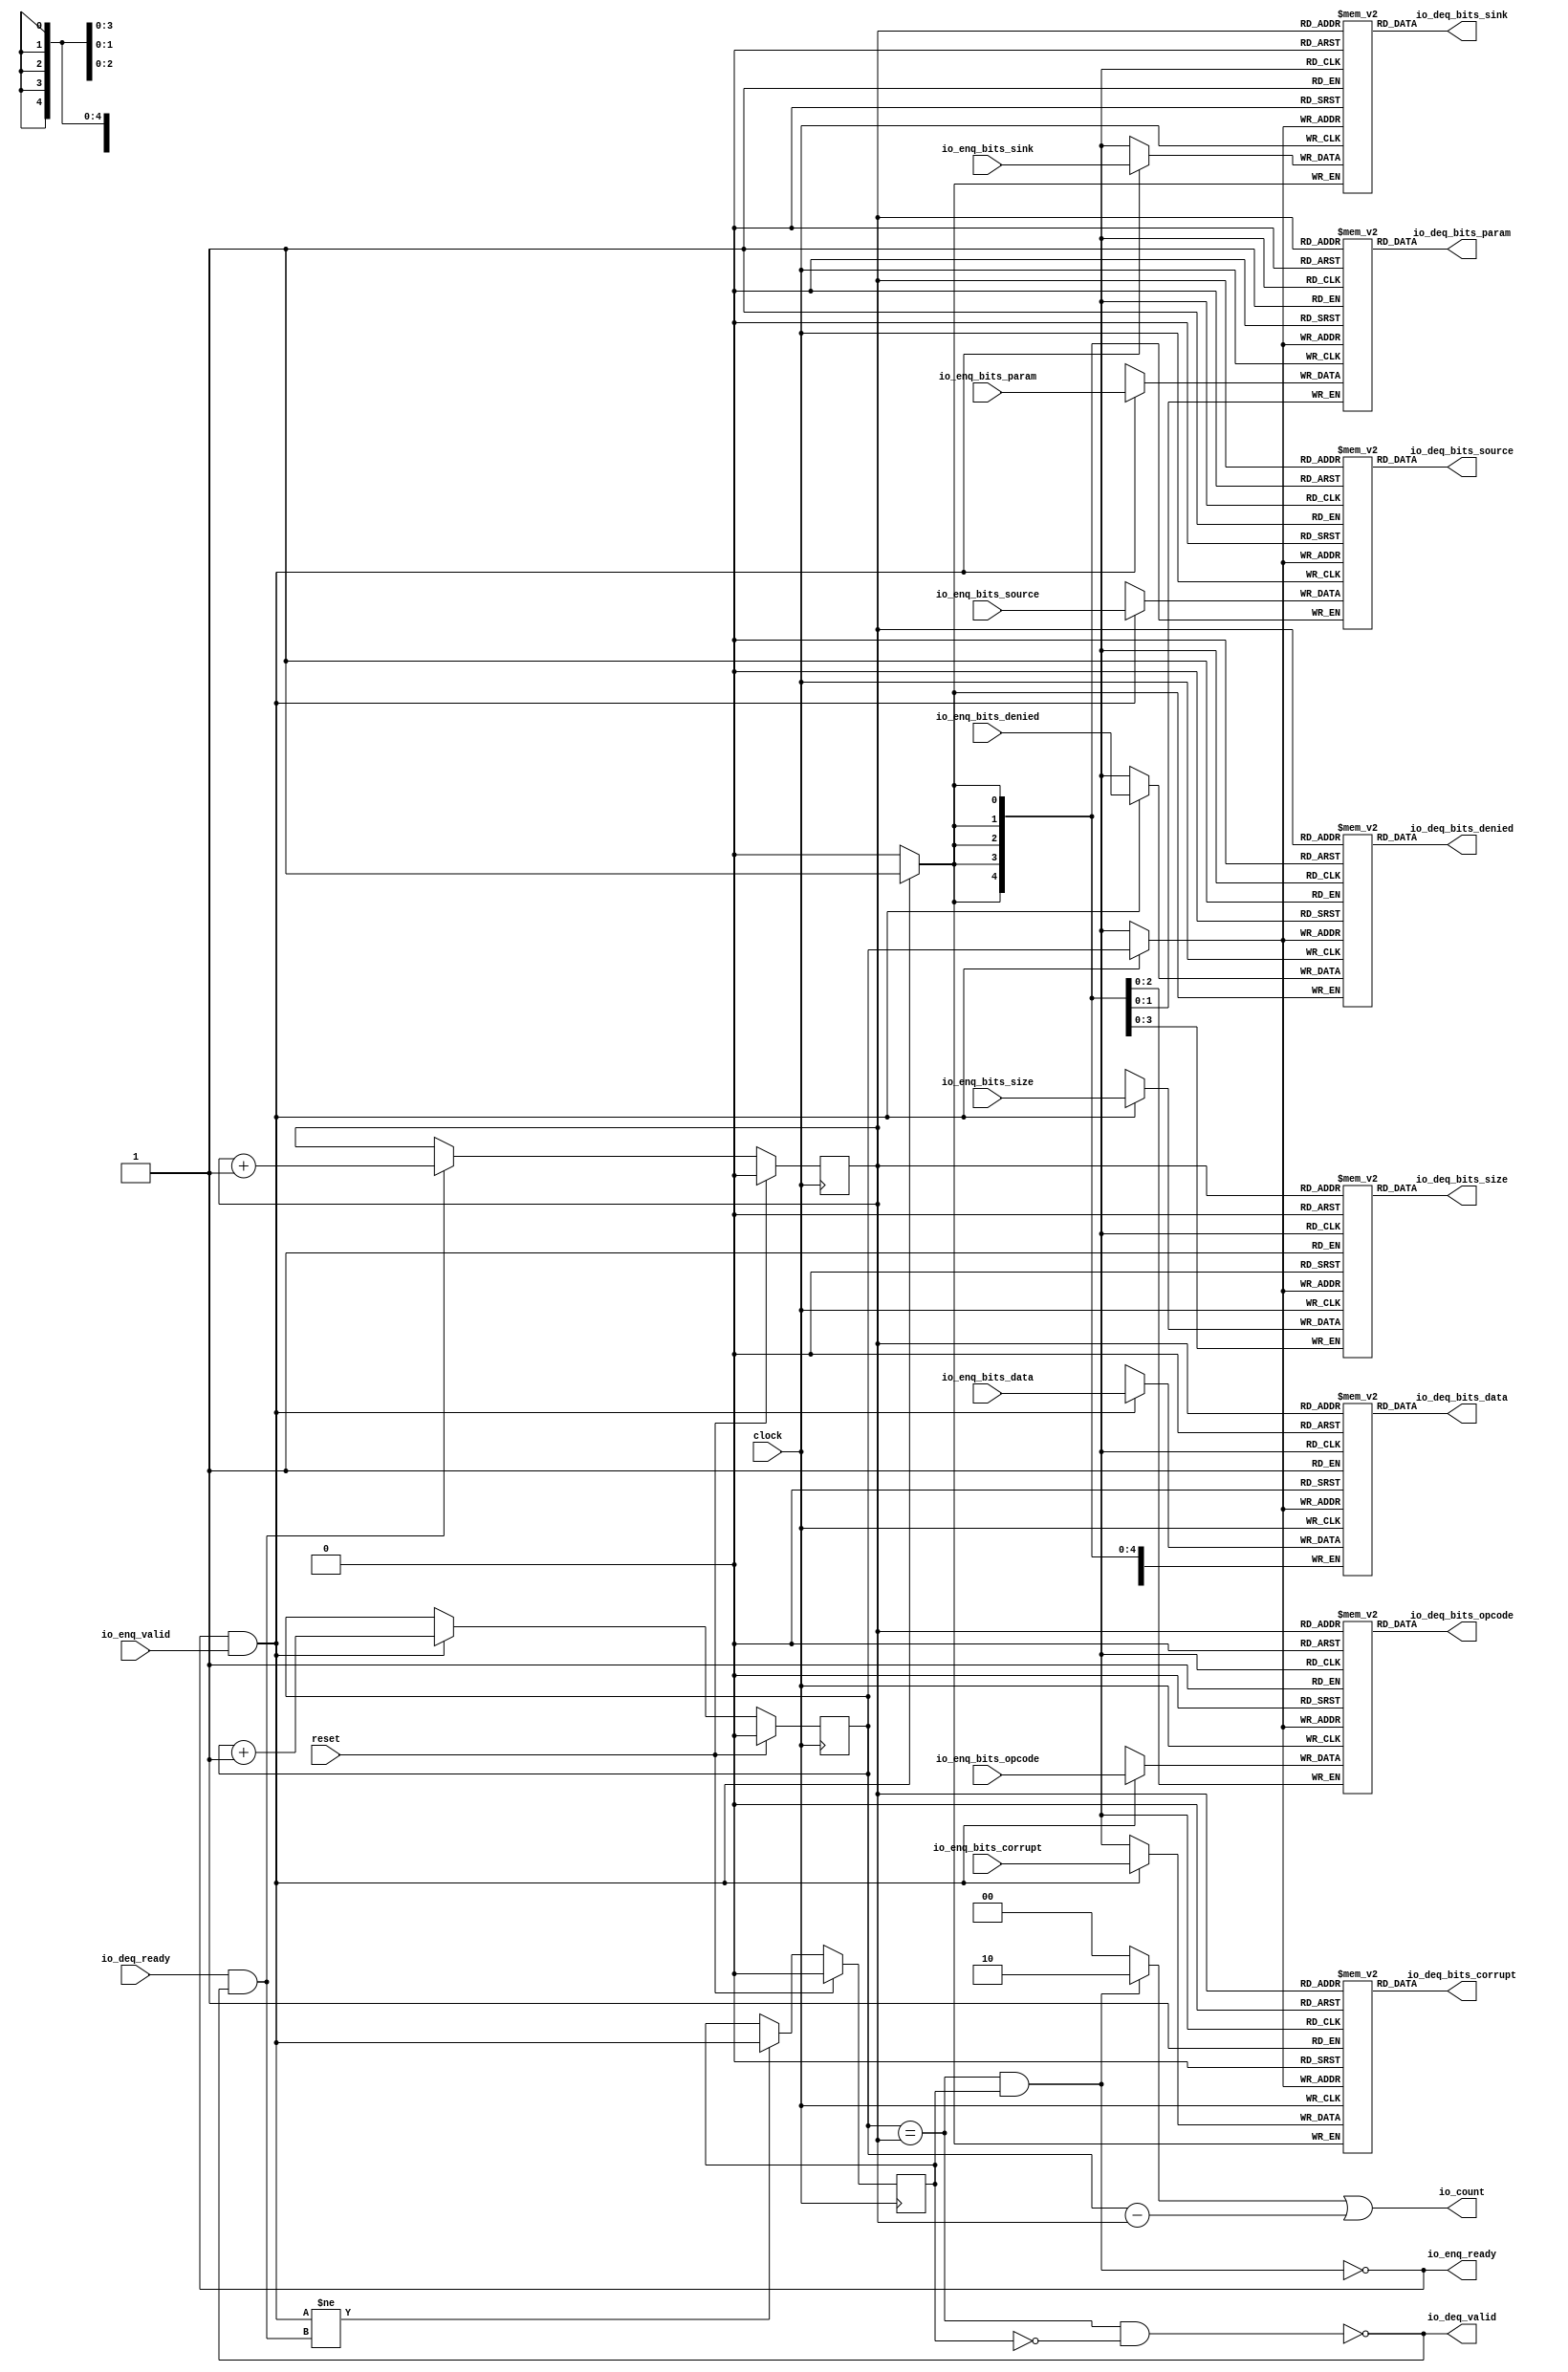
module Queue_11(
  input         clock,
  input         reset,
  output        io_enq_ready,
  input         io_enq_valid,
  input  [2:0]  io_enq_bits_opcode,
  input  [1:0]  io_enq_bits_param,
  input  [3:0]  io_enq_bits_size,
  input  [4:0]  io_enq_bits_source,
  input         io_enq_bits_sink,
  input         io_enq_bits_denied,
  input  [63:0] io_enq_bits_data,
  input         io_enq_bits_corrupt,
  input         io_deq_ready,
  output        io_deq_valid,
  output [2:0]  io_deq_bits_opcode,
  output [1:0]  io_deq_bits_param,
  output [3:0]  io_deq_bits_size,
  output [4:0]  io_deq_bits_source,
  output        io_deq_bits_sink,
  output        io_deq_bits_denied,
  output [63:0] io_deq_bits_data,
  output        io_deq_bits_corrupt,
  output [1:0]  io_count
);
`ifdef RANDOMIZE_MEM_INIT
  reg [31:0] _RAND_0;
  reg [31:0] _RAND_1;
  reg [31:0] _RAND_2;
  reg [31:0] _RAND_3;
  reg [31:0] _RAND_4;
  reg [31:0] _RAND_5;
  reg [63:0] _RAND_6;
  reg [31:0] _RAND_7;
`endif // RANDOMIZE_MEM_INIT
`ifdef RANDOMIZE_REG_INIT
  reg [31:0] _RAND_8;
  reg [31:0] _RAND_9;
  reg [31:0] _RAND_10;
`endif // RANDOMIZE_REG_INIT
  reg [2:0] ram_opcode [0:1]; // @[Decoupled.scala 218:16]
  wire [2:0] ram_opcode_io_deq_bits_MPORT_data; // @[Decoupled.scala 218:16]
  wire  ram_opcode_io_deq_bits_MPORT_addr; // @[Decoupled.scala 218:16]
  wire [2:0] ram_opcode_MPORT_data; // @[Decoupled.scala 218:16]
  wire  ram_opcode_MPORT_addr; // @[Decoupled.scala 218:16]
  wire  ram_opcode_MPORT_mask; // @[Decoupled.scala 218:16]
  wire  ram_opcode_MPORT_en; // @[Decoupled.scala 218:16]
  reg [1:0] ram_param [0:1]; // @[Decoupled.scala 218:16]
  wire [1:0] ram_param_io_deq_bits_MPORT_data; // @[Decoupled.scala 218:16]
  wire  ram_param_io_deq_bits_MPORT_addr; // @[Decoupled.scala 218:16]
  wire [1:0] ram_param_MPORT_data; // @[Decoupled.scala 218:16]
  wire  ram_param_MPORT_addr; // @[Decoupled.scala 218:16]
  wire  ram_param_MPORT_mask; // @[Decoupled.scala 218:16]
  wire  ram_param_MPORT_en; // @[Decoupled.scala 218:16]
  reg [3:0] ram_size [0:1]; // @[Decoupled.scala 218:16]
  wire [3:0] ram_size_io_deq_bits_MPORT_data; // @[Decoupled.scala 218:16]
  wire  ram_size_io_deq_bits_MPORT_addr; // @[Decoupled.scala 218:16]
  wire [3:0] ram_size_MPORT_data; // @[Decoupled.scala 218:16]
  wire  ram_size_MPORT_addr; // @[Decoupled.scala 218:16]
  wire  ram_size_MPORT_mask; // @[Decoupled.scala 218:16]
  wire  ram_size_MPORT_en; // @[Decoupled.scala 218:16]
  reg [4:0] ram_source [0:1]; // @[Decoupled.scala 218:16]
  wire [4:0] ram_source_io_deq_bits_MPORT_data; // @[Decoupled.scala 218:16]
  wire  ram_source_io_deq_bits_MPORT_addr; // @[Decoupled.scala 218:16]
  wire [4:0] ram_source_MPORT_data; // @[Decoupled.scala 218:16]
  wire  ram_source_MPORT_addr; // @[Decoupled.scala 218:16]
  wire  ram_source_MPORT_mask; // @[Decoupled.scala 218:16]
  wire  ram_source_MPORT_en; // @[Decoupled.scala 218:16]
  reg  ram_sink [0:1]; // @[Decoupled.scala 218:16]
  wire  ram_sink_io_deq_bits_MPORT_data; // @[Decoupled.scala 218:16]
  wire  ram_sink_io_deq_bits_MPORT_addr; // @[Decoupled.scala 218:16]
  wire  ram_sink_MPORT_data; // @[Decoupled.scala 218:16]
  wire  ram_sink_MPORT_addr; // @[Decoupled.scala 218:16]
  wire  ram_sink_MPORT_mask; // @[Decoupled.scala 218:16]
  wire  ram_sink_MPORT_en; // @[Decoupled.scala 218:16]
  reg  ram_denied [0:1]; // @[Decoupled.scala 218:16]
  wire  ram_denied_io_deq_bits_MPORT_data; // @[Decoupled.scala 218:16]
  wire  ram_denied_io_deq_bits_MPORT_addr; // @[Decoupled.scala 218:16]
  wire  ram_denied_MPORT_data; // @[Decoupled.scala 218:16]
  wire  ram_denied_MPORT_addr; // @[Decoupled.scala 218:16]
  wire  ram_denied_MPORT_mask; // @[Decoupled.scala 218:16]
  wire  ram_denied_MPORT_en; // @[Decoupled.scala 218:16]
  reg [63:0] ram_data [0:1]; // @[Decoupled.scala 218:16]
  wire [63:0] ram_data_io_deq_bits_MPORT_data; // @[Decoupled.scala 218:16]
  wire  ram_data_io_deq_bits_MPORT_addr; // @[Decoupled.scala 218:16]
  wire [63:0] ram_data_MPORT_data; // @[Decoupled.scala 218:16]
  wire  ram_data_MPORT_addr; // @[Decoupled.scala 218:16]
  wire  ram_data_MPORT_mask; // @[Decoupled.scala 218:16]
  wire  ram_data_MPORT_en; // @[Decoupled.scala 218:16]
  reg  ram_corrupt [0:1]; // @[Decoupled.scala 218:16]
  wire  ram_corrupt_io_deq_bits_MPORT_data; // @[Decoupled.scala 218:16]
  wire  ram_corrupt_io_deq_bits_MPORT_addr; // @[Decoupled.scala 218:16]
  wire  ram_corrupt_MPORT_data; // @[Decoupled.scala 218:16]
  wire  ram_corrupt_MPORT_addr; // @[Decoupled.scala 218:16]
  wire  ram_corrupt_MPORT_mask; // @[Decoupled.scala 218:16]
  wire  ram_corrupt_MPORT_en; // @[Decoupled.scala 218:16]
  reg  value; // @[Counter.scala 60:40]
  reg  value_1; // @[Counter.scala 60:40]
  reg  maybe_full; // @[Decoupled.scala 221:27]
  wire  ptr_match = value == value_1; // @[Decoupled.scala 223:33]
  wire  empty = ptr_match & ~maybe_full; // @[Decoupled.scala 224:25]
  wire  full = ptr_match & maybe_full; // @[Decoupled.scala 225:24]
  wire  do_enq = io_enq_ready & io_enq_valid; // @[Decoupled.scala 40:37]
  wire  do_deq = io_deq_ready & io_deq_valid; // @[Decoupled.scala 40:37]
  wire  ptr_diff = value - value_1; // @[Decoupled.scala 257:32]
  wire [1:0] _io_count_T_1 = maybe_full & ptr_match ? 2'h2 : 2'h0; // @[Decoupled.scala 259:20]
  wire [1:0] _GEN_15 = {{1'd0}, ptr_diff}; // @[Decoupled.scala 259:62]
  assign ram_opcode_io_deq_bits_MPORT_addr = value_1;
  assign ram_opcode_io_deq_bits_MPORT_data = ram_opcode[ram_opcode_io_deq_bits_MPORT_addr]; // @[Decoupled.scala 218:16]
  assign ram_opcode_MPORT_data = io_enq_bits_opcode;
  assign ram_opcode_MPORT_addr = value;
  assign ram_opcode_MPORT_mask = 1'h1;
  assign ram_opcode_MPORT_en = io_enq_ready & io_enq_valid;
  assign ram_param_io_deq_bits_MPORT_addr = value_1;
  assign ram_param_io_deq_bits_MPORT_data = ram_param[ram_param_io_deq_bits_MPORT_addr]; // @[Decoupled.scala 218:16]
  assign ram_param_MPORT_data = io_enq_bits_param;
  assign ram_param_MPORT_addr = value;
  assign ram_param_MPORT_mask = 1'h1;
  assign ram_param_MPORT_en = io_enq_ready & io_enq_valid;
  assign ram_size_io_deq_bits_MPORT_addr = value_1;
  assign ram_size_io_deq_bits_MPORT_data = ram_size[ram_size_io_deq_bits_MPORT_addr]; // @[Decoupled.scala 218:16]
  assign ram_size_MPORT_data = io_enq_bits_size;
  assign ram_size_MPORT_addr = value;
  assign ram_size_MPORT_mask = 1'h1;
  assign ram_size_MPORT_en = io_enq_ready & io_enq_valid;
  assign ram_source_io_deq_bits_MPORT_addr = value_1;
  assign ram_source_io_deq_bits_MPORT_data = ram_source[ram_source_io_deq_bits_MPORT_addr]; // @[Decoupled.scala 218:16]
  assign ram_source_MPORT_data = io_enq_bits_source;
  assign ram_source_MPORT_addr = value;
  assign ram_source_MPORT_mask = 1'h1;
  assign ram_source_MPORT_en = io_enq_ready & io_enq_valid;
  assign ram_sink_io_deq_bits_MPORT_addr = value_1;
  assign ram_sink_io_deq_bits_MPORT_data = ram_sink[ram_sink_io_deq_bits_MPORT_addr]; // @[Decoupled.scala 218:16]
  assign ram_sink_MPORT_data = io_enq_bits_sink;
  assign ram_sink_MPORT_addr = value;
  assign ram_sink_MPORT_mask = 1'h1;
  assign ram_sink_MPORT_en = io_enq_ready & io_enq_valid;
  assign ram_denied_io_deq_bits_MPORT_addr = value_1;
  assign ram_denied_io_deq_bits_MPORT_data = ram_denied[ram_denied_io_deq_bits_MPORT_addr]; // @[Decoupled.scala 218:16]
  assign ram_denied_MPORT_data = io_enq_bits_denied;
  assign ram_denied_MPORT_addr = value;
  assign ram_denied_MPORT_mask = 1'h1;
  assign ram_denied_MPORT_en = io_enq_ready & io_enq_valid;
  assign ram_data_io_deq_bits_MPORT_addr = value_1;
  assign ram_data_io_deq_bits_MPORT_data = ram_data[ram_data_io_deq_bits_MPORT_addr]; // @[Decoupled.scala 218:16]
  assign ram_data_MPORT_data = io_enq_bits_data;
  assign ram_data_MPORT_addr = value;
  assign ram_data_MPORT_mask = 1'h1;
  assign ram_data_MPORT_en = io_enq_ready & io_enq_valid;
  assign ram_corrupt_io_deq_bits_MPORT_addr = value_1;
  assign ram_corrupt_io_deq_bits_MPORT_data = ram_corrupt[ram_corrupt_io_deq_bits_MPORT_addr]; // @[Decoupled.scala 218:16]
  assign ram_corrupt_MPORT_data = io_enq_bits_corrupt;
  assign ram_corrupt_MPORT_addr = value;
  assign ram_corrupt_MPORT_mask = 1'h1;
  assign ram_corrupt_MPORT_en = io_enq_ready & io_enq_valid;
  assign io_enq_ready = ~full; // @[Decoupled.scala 241:19]
  assign io_deq_valid = ~empty; // @[Decoupled.scala 240:19]
  assign io_deq_bits_opcode = ram_opcode_io_deq_bits_MPORT_data; // @[Decoupled.scala 242:15]
  assign io_deq_bits_param = ram_param_io_deq_bits_MPORT_data; // @[Decoupled.scala 242:15]
  assign io_deq_bits_size = ram_size_io_deq_bits_MPORT_data; // @[Decoupled.scala 242:15]
  assign io_deq_bits_source = ram_source_io_deq_bits_MPORT_data; // @[Decoupled.scala 242:15]
  assign io_deq_bits_sink = ram_sink_io_deq_bits_MPORT_data; // @[Decoupled.scala 242:15]
  assign io_deq_bits_denied = ram_denied_io_deq_bits_MPORT_data; // @[Decoupled.scala 242:15]
  assign io_deq_bits_data = ram_data_io_deq_bits_MPORT_data; // @[Decoupled.scala 242:15]
  assign io_deq_bits_corrupt = ram_corrupt_io_deq_bits_MPORT_data; // @[Decoupled.scala 242:15]
  assign io_count = _io_count_T_1 | _GEN_15; // @[Decoupled.scala 259:62]
  always @(posedge clock) begin
    if(ram_opcode_MPORT_en & ram_opcode_MPORT_mask) begin
      ram_opcode[ram_opcode_MPORT_addr] <= ram_opcode_MPORT_data; // @[Decoupled.scala 218:16]
    end
    if(ram_param_MPORT_en & ram_param_MPORT_mask) begin
      ram_param[ram_param_MPORT_addr] <= ram_param_MPORT_data; // @[Decoupled.scala 218:16]
    end
    if(ram_size_MPORT_en & ram_size_MPORT_mask) begin
      ram_size[ram_size_MPORT_addr] <= ram_size_MPORT_data; // @[Decoupled.scala 218:16]
    end
    if(ram_source_MPORT_en & ram_source_MPORT_mask) begin
      ram_source[ram_source_MPORT_addr] <= ram_source_MPORT_data; // @[Decoupled.scala 218:16]
    end
    if(ram_sink_MPORT_en & ram_sink_MPORT_mask) begin
      ram_sink[ram_sink_MPORT_addr] <= ram_sink_MPORT_data; // @[Decoupled.scala 218:16]
    end
    if(ram_denied_MPORT_en & ram_denied_MPORT_mask) begin
      ram_denied[ram_denied_MPORT_addr] <= ram_denied_MPORT_data; // @[Decoupled.scala 218:16]
    end
    if(ram_data_MPORT_en & ram_data_MPORT_mask) begin
      ram_data[ram_data_MPORT_addr] <= ram_data_MPORT_data; // @[Decoupled.scala 218:16]
    end
    if(ram_corrupt_MPORT_en & ram_corrupt_MPORT_mask) begin
      ram_corrupt[ram_corrupt_MPORT_addr] <= ram_corrupt_MPORT_data; // @[Decoupled.scala 218:16]
    end
    if (reset) begin // @[Counter.scala 60:40]
      value <= 1'h0; // @[Counter.scala 60:40]
    end else if (do_enq) begin // @[Decoupled.scala 229:17]
      value <= value + 1'h1; // @[Counter.scala 76:15]
    end
    if (reset) begin // @[Counter.scala 60:40]
      value_1 <= 1'h0; // @[Counter.scala 60:40]
    end else if (do_deq) begin // @[Decoupled.scala 233:17]
      value_1 <= value_1 + 1'h1; // @[Counter.scala 76:15]
    end
    if (reset) begin // @[Decoupled.scala 221:27]
      maybe_full <= 1'h0; // @[Decoupled.scala 221:27]
    end else if (do_enq != do_deq) begin // @[Decoupled.scala 236:28]
      maybe_full <= do_enq; // @[Decoupled.scala 237:16]
    end
  end
// Register and memory initialization
`ifdef RANDOMIZE_GARBAGE_ASSIGN
`define RANDOMIZE
`endif
`ifdef RANDOMIZE_INVALID_ASSIGN
`define RANDOMIZE
`endif
`ifdef RANDOMIZE_REG_INIT
`define RANDOMIZE
`endif
`ifdef RANDOMIZE_MEM_INIT
`define RANDOMIZE
`endif
`ifndef RANDOM
`define RANDOM $random
`endif
`ifdef RANDOMIZE_MEM_INIT
  integer initvar;
`endif
`ifndef SYNTHESIS
`ifdef FIRRTL_BEFORE_INITIAL
`FIRRTL_BEFORE_INITIAL
`endif
initial begin
  `ifdef RANDOMIZE
    `ifdef INIT_RANDOM
      `INIT_RANDOM
    `endif
    `ifndef VERILATOR
      `ifdef RANDOMIZE_DELAY
        #`RANDOMIZE_DELAY begin end
      `else
        #0.002 begin end
      `endif
    `endif
`ifdef RANDOMIZE_MEM_INIT
  _RAND_0 = {1{`RANDOM}};
  for (initvar = 0; initvar < 2; initvar = initvar+1)
    ram_opcode[initvar] = _RAND_0[2:0];
  _RAND_1 = {1{`RANDOM}};
  for (initvar = 0; initvar < 2; initvar = initvar+1)
    ram_param[initvar] = _RAND_1[1:0];
  _RAND_2 = {1{`RANDOM}};
  for (initvar = 0; initvar < 2; initvar = initvar+1)
    ram_size[initvar] = _RAND_2[3:0];
  _RAND_3 = {1{`RANDOM}};
  for (initvar = 0; initvar < 2; initvar = initvar+1)
    ram_source[initvar] = _RAND_3[4:0];
  _RAND_4 = {1{`RANDOM}};
  for (initvar = 0; initvar < 2; initvar = initvar+1)
    ram_sink[initvar] = _RAND_4[0:0];
  _RAND_5 = {1{`RANDOM}};
  for (initvar = 0; initvar < 2; initvar = initvar+1)
    ram_denied[initvar] = _RAND_5[0:0];
  _RAND_6 = {2{`RANDOM}};
  for (initvar = 0; initvar < 2; initvar = initvar+1)
    ram_data[initvar] = _RAND_6[63:0];
  _RAND_7 = {1{`RANDOM}};
  for (initvar = 0; initvar < 2; initvar = initvar+1)
    ram_corrupt[initvar] = _RAND_7[0:0];
`endif // RANDOMIZE_MEM_INIT
`ifdef RANDOMIZE_REG_INIT
  _RAND_8 = {1{`RANDOM}};
  value = _RAND_8[0:0];
  _RAND_9 = {1{`RANDOM}};
  value_1 = _RAND_9[0:0];
  _RAND_10 = {1{`RANDOM}};
  maybe_full = _RAND_10[0:0];
`endif // RANDOMIZE_REG_INIT
  `endif // RANDOMIZE
end // initial
`ifdef FIRRTL_AFTER_INITIAL
`FIRRTL_AFTER_INITIAL
`endif
`endif // SYNTHESIS
endmodule